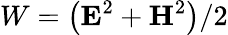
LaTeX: W=\left({\mathbf E}^{2}+{\mathbf H}^{2}\right)/2